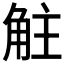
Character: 𧣓